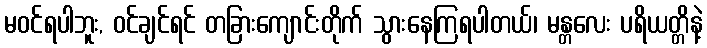
မဝင်ရပါဘူး, ဝင်ချင်ရင် တခြားကျောင်းတိုက် သွားနေကြရပါတယ်၊ မန္တလေး ပရိယတ္တိနဲ့